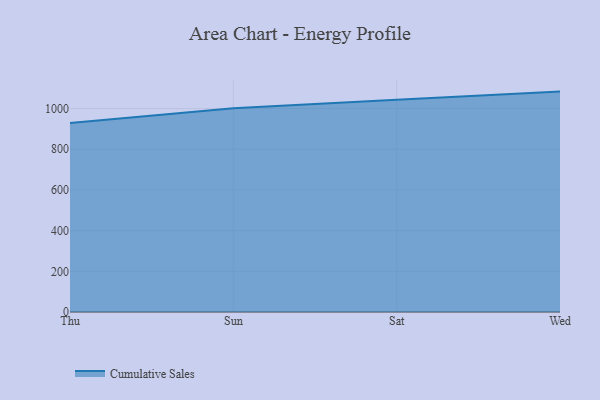
{"axis": {"x": "Day", "y": "Net Income (USD K)"}, "legend": ["Cumulative Sales"], "data": [{"x": "Thu", "y": 928.9, "type": "Cumulative Sales"}, {"x": "Sun", "y": 1001.3, "type": "Cumulative Sales"}, {"x": "Sat", "y": 1042.8, "type": "Cumulative Sales"}, {"x": "Wed", "y": 1083.3, "type": "Cumulative Sales"}]}